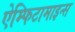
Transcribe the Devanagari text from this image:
ऐम्फिटामाइन्स